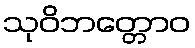
သုဝိဘတ္တောဝ